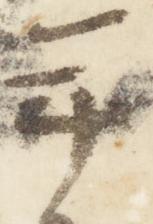
年